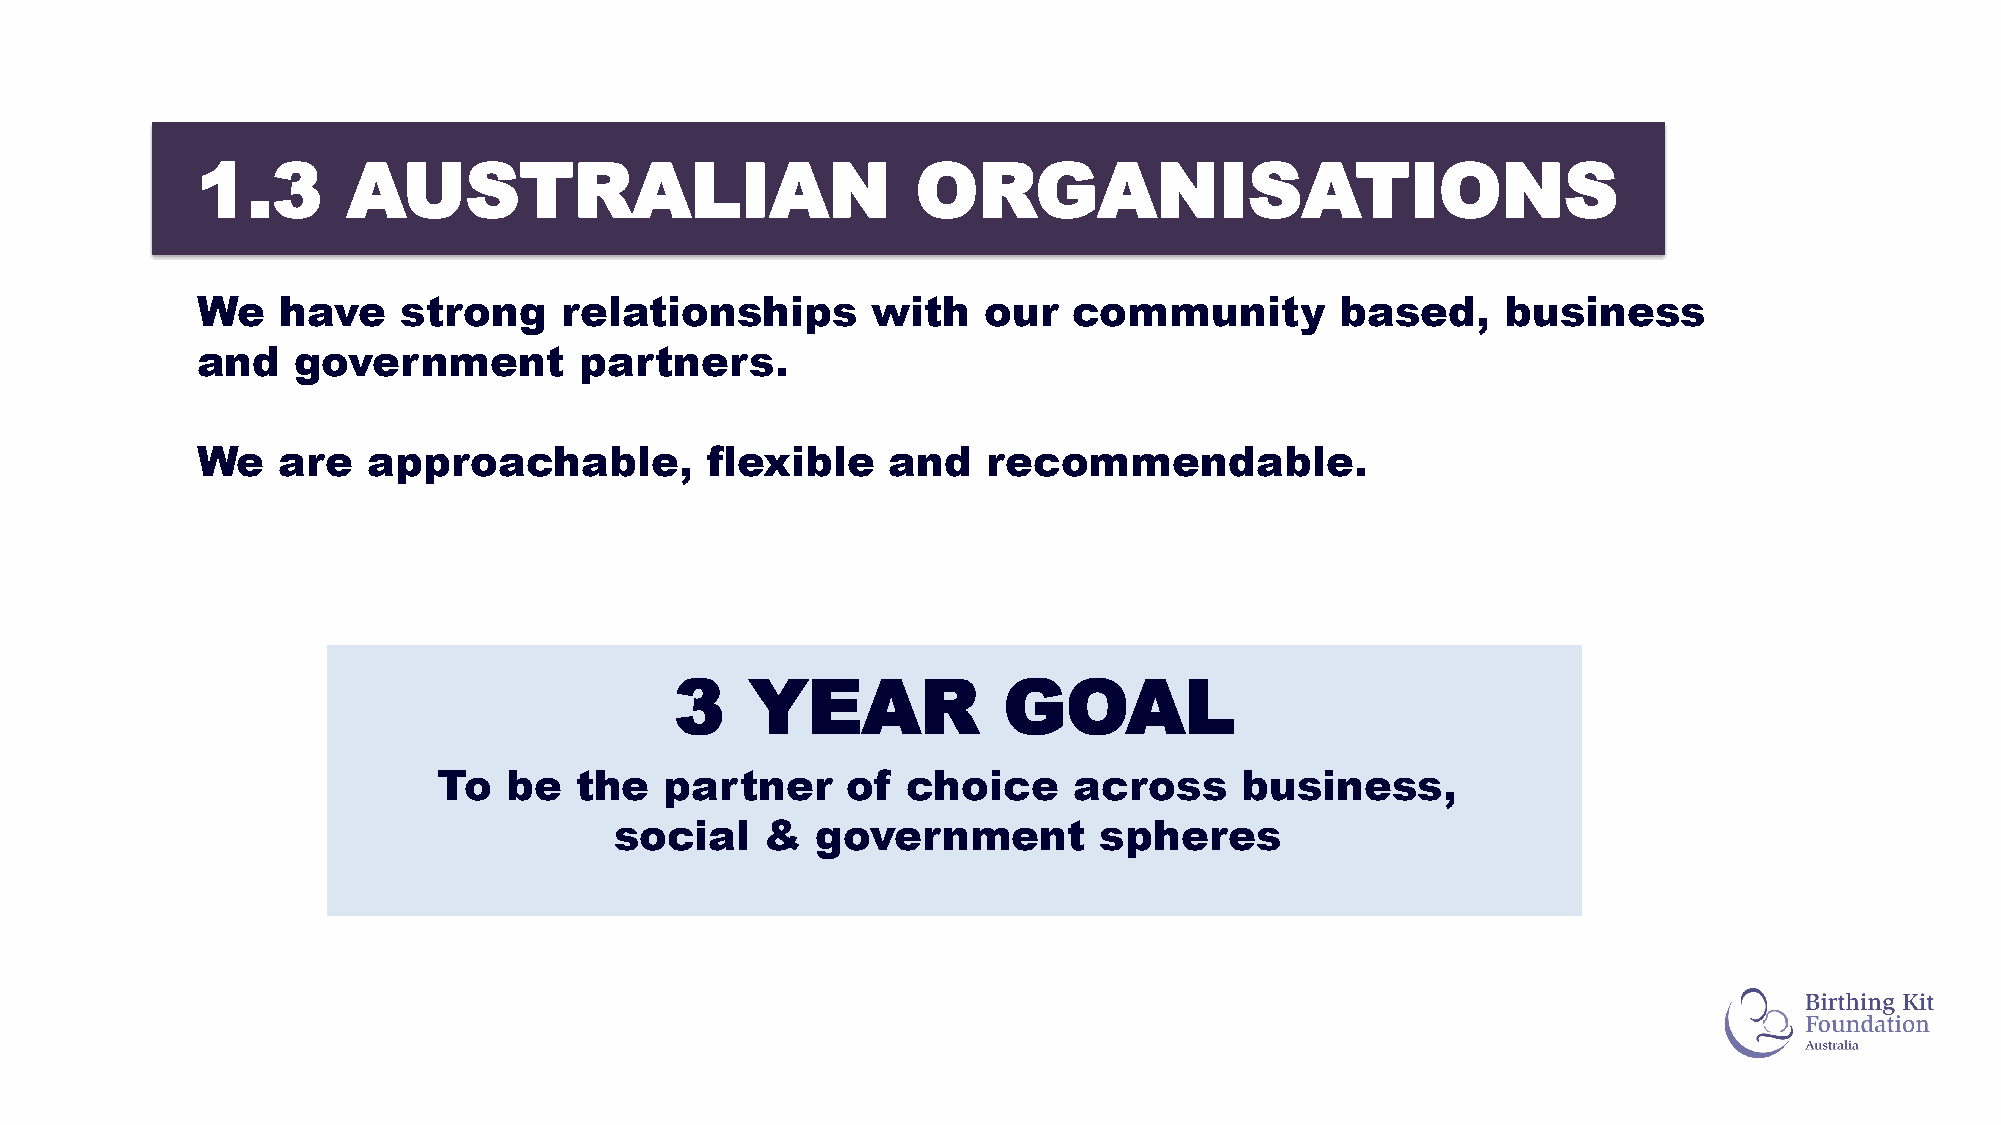
1.3       AUSTRALIAN                            ORGANISATIONS
 We   have    strong     relationships        with   our   community         based,     business
 and   government         partners.
 We   are   approachable,          flexible    and   recommendable.
 3    YEAR            GOAL
 To   be  the   partner     of  choice     across     business,
 social    &  government         spheres